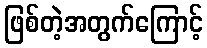
ဖြစ်တဲ့အတွက်ကြောင့်